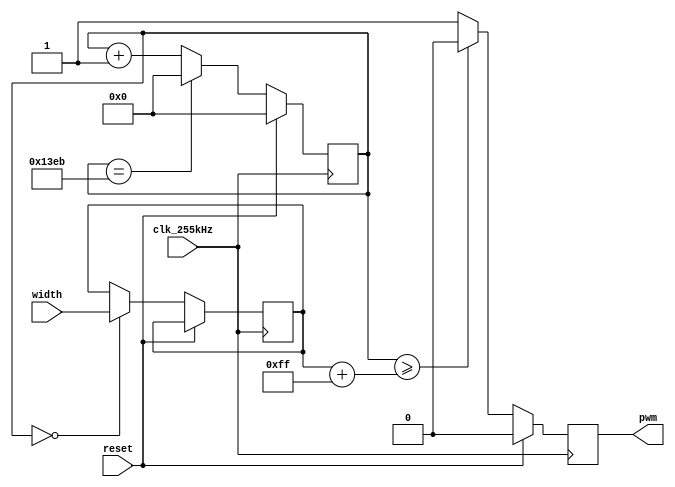
/* OSU Robotics Club Rover 2016
 * Core Electrical System Uniboard HDL
 * Written 2015-2016 Nick Ames <nick@fetchmodus.org> */
`default_nettype none

/* PWM generator.
 * Outputs a 1ms (0) to 2ms (255) pulse every 20ms. */
module PWMGenerator (
	input wire [7:0] width, /* Pulse width. 0 = 1ms, 255 = 2ms. */
	input wire clk_255kHz,
	output reg pwm,
	input wire reset);
	
	reg [12:0] count;					
	reg [7:0] latched_width;
	
	always @ (posedge clk_255kHz)			
		begin
			if(reset)
				begin
					count <= 0;
					pwm <= 0;
				end
			else
				begin
					if(count == 0)
						latched_width <= width;
					if(count >= (latched_width + 10'd255))
						pwm <= 0;
					else
						pwm <= 1;

					if(count == 5099)			
						count <= 0;					
					else
						count <= count + 1;	
				end
		end
endmodule

/* Motor PWM Peripheral. */
module PWMPeripheral(
	input wire clk_12MHz,
	input wire clk_255kHz,
	inout wire [31:0] databus,
	output tri [2:0] reg_size, /* Register size (in bytes), to set command reply size. */
	input wire [7:0] register_addr,
	input wire rw, /* 0 = write, 1 = read. */
	input wire select, /* Rising edge writes or hold high to read. */
	output wire pwm_left,
	output wire pwm_right,
	input wire pause,
	input wire reset);
	
	reg [7:0] register[1:0];
	wire [7:0] left_value;
	wire [7:0] right_value;
	
	assign left_value = pause ? 8'd127 : register[0];
	assign right_value = pause ? 8'd127 : register[1];
	
	/* Bus read handling */
	reg [7:0] read_value;
	reg [2:0] read_size;
	reg prev_select;
	
	assign reg_size = select ? read_size : 'bz;
	assign databus = (select & rw) ? {24'd0, read_value} : 'bz;
	
	/* Bus handling */
	always @ (posedge clk_12MHz)			
		begin
			prev_select <= select;
			if(reset == 1)
				begin
					register[0] <= 8'd127;
					register[1] <= 8'd127;
				end
			else
				if(~prev_select & select)
					begin
						case(register_addr)
							8'd0:
								begin
									read_value <= register[0];
									read_size <= 3'd1;
								end
							8'd1:
								begin
									read_value <= register[1];
									read_size <= 3'd1;
								end
							default:
								begin
									read_value <= 'b0;
									read_size <= 'b0;
								end
						endcase
						if(~rw)
							begin
								case(register_addr)
									8'd0:
										register[0] <= databus[7:0];
									8'd1:
										register[1] <= databus[7:0];
								endcase
							end
					end
		end
		
	/* Peripheral components */
	PWMGenerator left(.width(left_value),
	                  .clk_255kHz(clk_255kHz),
	                  .pwm(pwm_left),
	                  .reset(reset));
	PWMGenerator right(.width(right_value),
	                  .clk_255kHz(clk_255kHz),
	                  .pwm(pwm_right),
	                  .reset(reset));
endmodule

/* PWM Receiver. If a valid 1-2ms PWM signal is detected on pwm_in, valid is set high
 * and period is set (period is valid whenever present is high). This module must be reset before use. */
module PWMReceiver(
	input wire pwm_in,
    input wire clk_255kHz,
    output reg valid,
    output reg [7:0] period,
    input wire reset);
    
    parameter timeout_ms = 50;
    
    reg [15:0] count;
	reg prev_in;
	reg latched_in;
	
	always @ (posedge clk_255kHz)			
		begin
			latched_in <= pwm_in;
			prev_in <= latched_in;
			if(reset)
				begin
					count <= (255 * timeout_ms);
					valid <= 0;
				end
			else
				begin
					/* Reset the counter on every rising edge of the input signal. When a falling edge
					 * is detected, check the current counted value. If the value is within the correct range,
					 * set valid to 1 and set period based on the current value. If the counted reaches a too-high
					 * value (no pulse received for a while), set valid to 0. */
					 if(~prev_in & latched_in) /* Rising edge on pwm_in. */
						begin
							count <= 0;
						end
					else
						begin
							if(prev_in & ~latched_in) /* Falling edge on pwm_in. */
								begin
									if(count > 229 && count < 255) /* .9ms-1ms; valid, but saturate at 0. */
										begin
											valid <= 1;
											period <= 0;
										end
									if(count > 255 && count < 510) /* 1ms-2ms */
										begin
											valid <= 1;
											period <= count - 255; 
										end
									if(count > 510 && count < 561) /* 2ms-2.2ms; valid, but saturate at 255. */
										begin
											valid <= 1;
											period <= 255;
										end
									if(count <= 229 || count >= 561) /* Invalid. */
										begin
											valid <= 0;
										end
								end
							if(count >= (255 * timeout_ms)) /* Timeout */
								valid <= 0;
							else
								count <= count+1;
						end
				end
		end
endmodule

/* RC Receiver peripheral. Must be reset before use. */
module RCPeripheral(
	input wire clk_255kHz,
	inout wire [31:0] databus,
	output tri [2:0] reg_size, /* Register size (in bytes), to set command reply size. */
	input wire [7:0] register_addr,
	input wire rw, /* 0 = write, 1 = read. */
	input wire select, /* Rising edge writes or hold high to read. */
	input wire rc1,
	input wire rc2,
	input wire rc3,
	input wire rc4, 
	input wire rc7,
	input wire rc8,
	input wire reset);
	
	parameter num_regs = 7;
	
	wire [7:0] register[num_regs-1:0];
	
	/* Bus read handling */
	reg [7:0] read_value;
	reg [2:0] read_size;
	
	assign reg_size = select ? read_size : 'bz;
	assign databus = (select & rw) ? {24'd0, read_value} : 'bz;
	
	/* Bus handling */
	always @ (posedge select)			
		begin
			if(register_addr < num_regs)
				begin
					read_value <= register[register_addr];
					read_size <= 3'd1;
				end
			else
				begin
					read_value <= 'b0;
					read_size <= 'b0;
				end
		end
		
    
    PWMReceiver recv_ch1(.pwm_in(rc1),
	                    .valid(register[0][0]),
	                    .period(register[1]),
	                    .clk_255kHz(clk_255kHz),
	                    .reset(reset));
	PWMReceiver recv_ch2(.pwm_in(rc2),
	                    .valid(register[0][1]),
	                    .period(register[2]),
	                    .clk_255kHz(clk_255kHz),
	                    .reset(reset));
	PWMReceiver recv_ch3(.pwm_in(rc3),
	                    .valid(register[0][2]),
	                    .period(register[3]),
	                    .clk_255kHz(clk_255kHz),
	                    .reset(reset));
	PWMReceiver recv_ch4(.pwm_in(rc4),
	                    .valid(register[0][3]),
	                    .period(register[4]),
	                    .clk_255kHz(clk_255kHz),
	                    .reset(reset));
	PWMReceiver recv_ch7(.pwm_in(rc7),
	                    .valid(register[0][6]),
	                    .period(register[5]),
	                    .clk_255kHz(clk_255kHz),
	                    .reset(reset));
	PWMReceiver recv_ch8(.pwm_in(rc8),
	                    .valid(register[0][7]),
	                    .period(register[6]),
	                    .clk_255kHz(clk_255kHz),
	                    .reset(reset));
endmodule